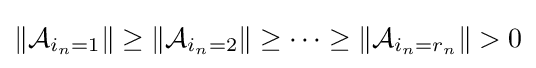
\left\|{\mathcal {A}}_{i_{n}=1}\right\|\geq \left\|{\mathcal {A}}_{i_{n}=2}\right\|\geq \cdots \geq \left\|{\mathcal {A}}_{i_{n}=r_{n}}\right\|>0